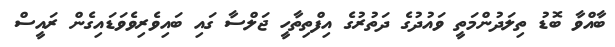
ބާއްވާ ބޮޑު ތިލަދުންމަތީ ވައުދުގެ ދަތުރުގެ އިފްތިތާހީ ޖަލްސާ ގައި ބައިވެރިވެވަޑައިގެން ރައީސް